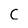
Character: C